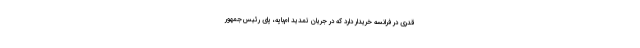
قدری در فرانسه خریدار دارد که در جریان تمدید ام‌باپه، پای رئیس‌جمهور